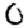
Digit: 0